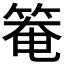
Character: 𥯃